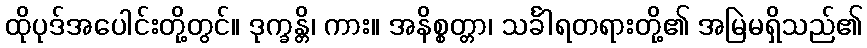
ထိုပုဒ်အပေါင်းတို့တွင်။ ဒုက္ခန္တိ၊ ကား။ အနိစ္စတ္တာ၊ သင်္ခါရတရားတို့၏ အမြဲမရှိသည်၏